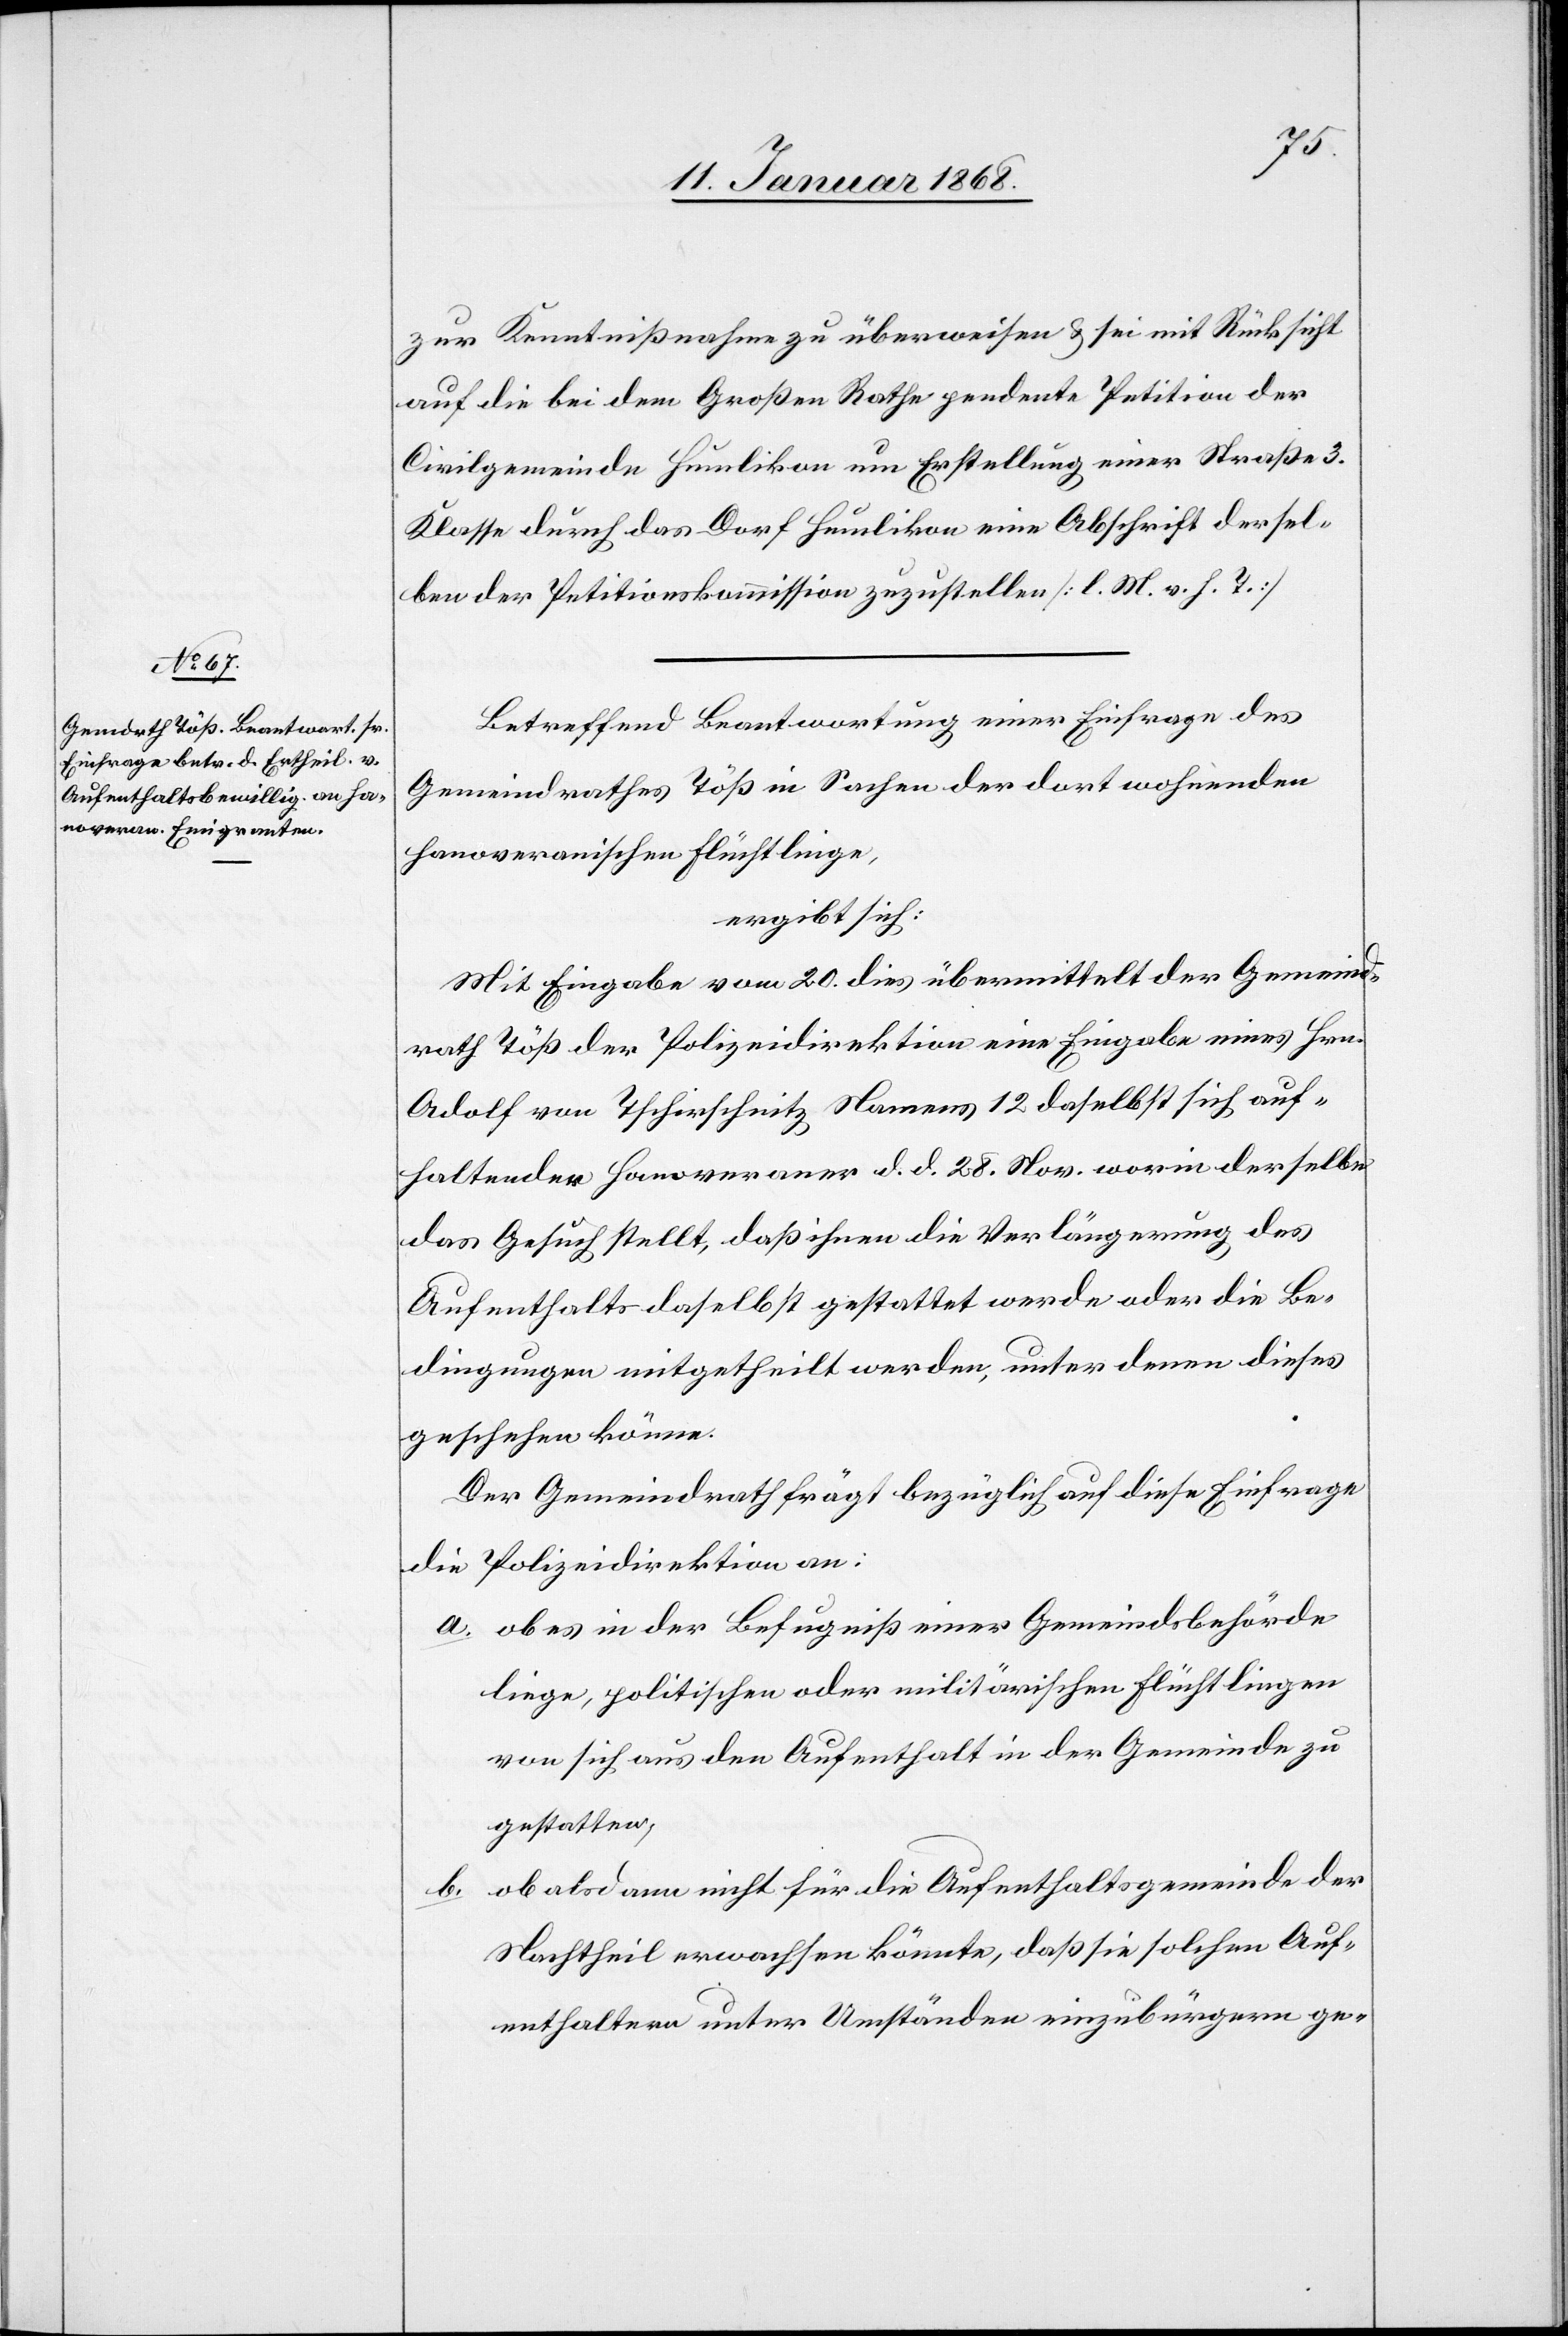
zur Kenntnißnahme zu überweisen & sei mit Rücksicht
auf die bei dem Großen Rathe pendente Petition der
Civilgemeinde Humlikon um Erstellung einer Straße 3.
Klasse durch das Dorf Humlikon eine Abschrift dersel¬
ben der Petitionskommission zuzustellen [l. M. v. h. T.]
Betreffend Beantwortung einer Einfrage des
Gemeindrathes Töß in Sachen der dort wohnenden
hanoveranischen Flüchtlinge,
ergibt sich:
Mit Eingabe vom 20. dies übermittelt der Gemeind¬
rath Töß der Polizeidirektion eine Eingabe eines Hrn.
Adolf von Tschirschnitz Namens 12 daselbst sich auf¬
haltender Hanoveraner d. d. 28. Nov. worin derselbe
das Gesuch stellt, daß ihnen die Verlängerung des
Aufenthalts daselbst gestattet werde oder die Be¬
dingungen mitgetheilt werden, unter denen dieses
geschehen könne.
Der Gemeindrath frägt bezüglich auf diese Einfrage
die Polizeidirektion an:
ob es in der Befugniß einer Gemeindsbehörde
liege, politischen oder militärischen Flüchtlingen
von sich aus den Aufenthalt in der Gemeinde zu
gestatten,
ob alsdann nicht für die Aufenthaltsgemeinde der
b.
Nachtheil erwachsen könnte, daß sie solchen Auf¬
enthaltern unter Umständen einzubürgern ge-